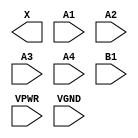
module sky130_fd_sc_hs__o41a (
    X   ,
    A1  ,
    A2  ,
    A3  ,
    A4  ,
    B1  ,
    VPWR,
    VGND
);

    output X   ;
    input  A1  ;
    input  A2  ;
    input  A3  ;
    input  A4  ;
    input  B1  ;
    input  VPWR;
    input  VGND;
endmodule